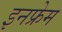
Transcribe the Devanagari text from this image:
इनफ्रेम